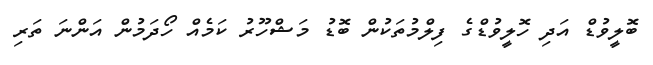
ބޮލީވުޑް އަދި ހޮލީވުޑްގެ ފިލްމުތަކުން ބޮޑު މަޝްހޫރު ކަމެއް ހޯދަމުން އަންނަ ތަރި